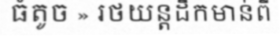
ធំតូច » រថយន្តដឹកមាន់ពី